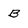
Character: B